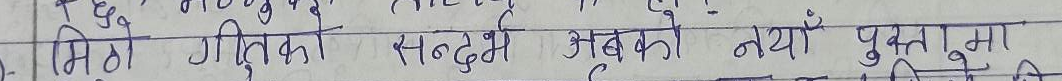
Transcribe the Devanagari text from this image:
मितिको गतिका सन्दर्भमा अबको नयाँ पुस्तामा